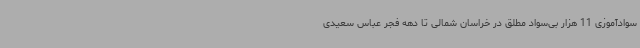
سوادآموزی 11 هزار بی‌سواد مطلق در خراسان شمالی تا دهه فجر عباس سعیدی